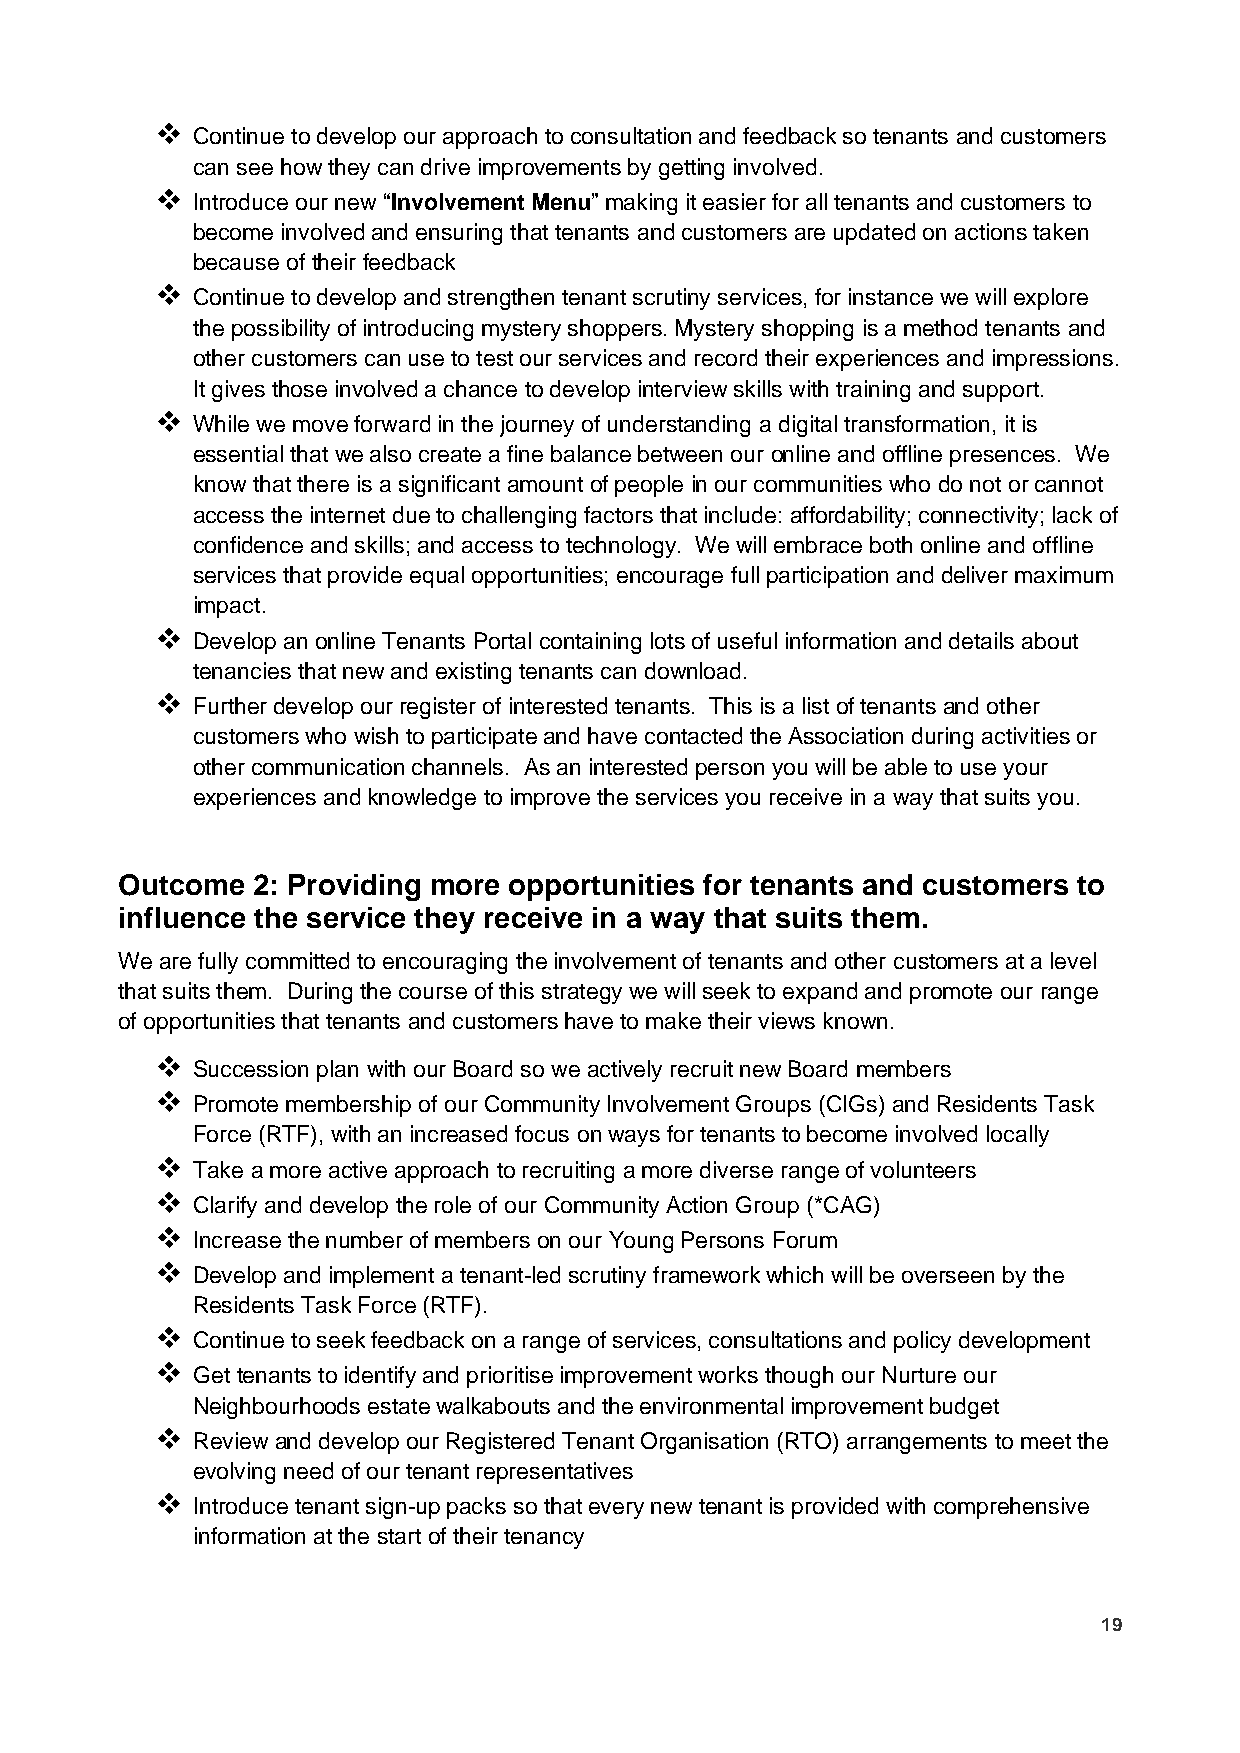
❖  Continue to develop our approach to consultation and feedback so tenants and customers
 can see how they can drive improvements by getting involved.
 ❖  Introduce our new “Involvement Menu” making it easier for all tenants and customers to
 become involved and ensuring that tenants and customers are updated on actions taken
 because of their feedback
 ❖  Continue to develop and strengthen tenant scrutiny services, for instance we will explore
 the possibility of introducing mystery shoppers. Mystery shopping is a method tenants and
 other customers can use to test our services and record their experiences and impressions.
 It gives those involved a chance to develop interview skills with training and support.
 ❖  While we move forward in the journey of understanding a digital transformation, it is
 essential that we also create a fine balance between our online and offline presences. We
 know that there is a significant amount of people in our communities who do not or cannot
 access the internet due to challenging factors that include: affordability; connectivity; lack of
 confidence and skills; and access to technology. We will embrace both online and offline
 services that provide equal opportunities; encourage full participation and deliver maximum
 impact.
 ❖  Develop an online Tenants Portal containing lots of useful information and details about
 tenancies that new and existing tenants can download.
 ❖  Further develop our register of interested tenants. This is a list of tenants and other
 customers who wish to participate and have contacted the Association during activities or
 other communication channels. As an interested person you will be able to use your
 experiences and knowledge to improve the services you receive in a way that suits you.
 Outcome  2: Providing more opportunities for tenants and customers to
 influence the service they receive in a way that suits them.
 We are fully committed to encouraging the involvement of tenants and other customers at a level
 that suits them. During the course of this strategy we will seek to expand and promote our range
 of opportunities that tenants and customers have to make their views known.
 ❖  Succession plan with our Board so we actively recruit new Board members
 ❖  Promote membership of our Community Involvement Groups (CIGs) and Residents Task
 Force (RTF), with an increased focus on ways for tenants to become involved locally
 ❖  Take a more active approach to recruiting a more diverse range of volunteers
 ❖  Clarify and develop the role of our Community Action Group (*CAG)
 ❖  Increase the number of members on our Young Persons Forum
 ❖  Develop and implement a tenant-led scrutiny framework which will be overseen by the
 Residents Task Force (RTF).
 ❖  Continue to seek feedback on a range of services, consultations and policy development
 ❖  Get tenants to identify and prioritise improvement works though our Nurture our
 Neighbourhoods estate walkabouts and the environmental improvement budget
 ❖  Review and develop our Registered Tenant Organisation (RTO) arrangements to meet the
 evolving need of our tenant representatives
 ❖  Introduce tenant sign-up packs so that every new tenant is provided with comprehensive
 information at the start of their tenancy
 19